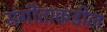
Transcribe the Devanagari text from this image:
संगीताकडील